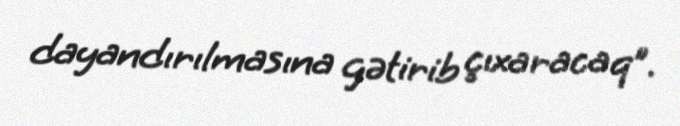
dayandırılmasına gətirib çıxaracaq”.